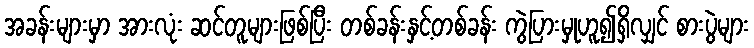
အခန်းများမှာ အားလုံး ဆင်တူများဖြစ်ပြီး တစ်ခန်းနှင့်တစ်ခန်း ကွဲပြားမှုဟူ၍ရှိလျှင် စားပွဲများ